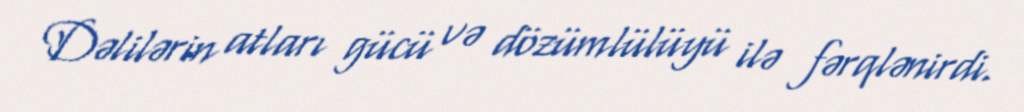
Dəlilərin atları gücü və dözümlülüyü ilə fərqlənirdi.